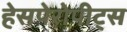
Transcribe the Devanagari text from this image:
हेसपेरोपीट्स